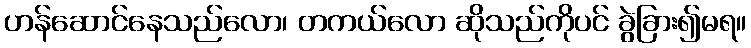
ဟန်ဆောင်နေသည်လော၊ တကယ်လော ဆိုသည်ကိုပင် ခွဲခြား၍မရ။